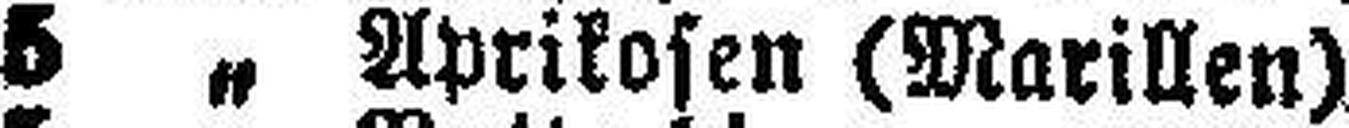
5 „ Aprikosen (Marillen)